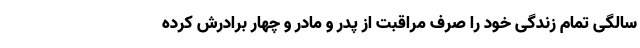
سالگی تمام زندگی خود را صرف مراقبت از پدر و مادر و چهار برادرش کرده